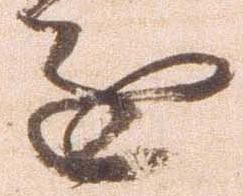
進